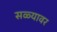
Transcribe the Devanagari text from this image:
सळ्यावर